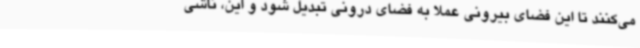
می‌کنند تا این فضای بیرونی عملاً به فضای درونی تبدیل شود و این، ناشی